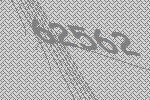
62562